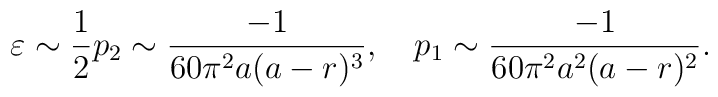
\varepsilon \sim \frac{1}{2}p_2\sim \frac{-1}{60\pi ^2a(a-r)^3},\quad p_1\sim \frac{-1}{60\pi ^2a^2(a-r)^2}.